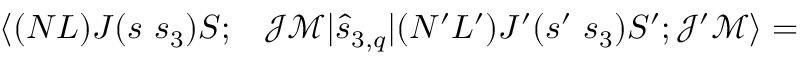
\begin{array} { r l } { \langle ( N L ) J ( s ~ s _ { 3 } ) S ; } & { { } \mathcal { J } \mathcal { M } | \hat { s } _ { 3 , q } | ( N ^ { \prime } L ^ { \prime } ) J ^ { \prime } ( s ^ { \prime } ~ s _ { 3 } ) S ^ { \prime } ; \mathcal { J } ^ { \prime } \mathcal { M } \rangle = } \end{array}